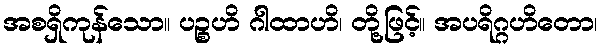
အစရှိကုန်သော။ ပဉ္စဟိ ဂါထာဟိ၊ တို့ဖြင့်။ အပရိဂ္ဂဟိတော၊